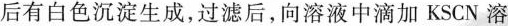
后有白色沉淀生成，过滤后，向溶液中滴加KSCN溶